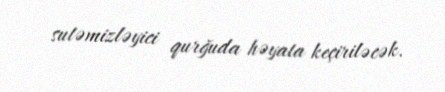
sutəmizləyici qurğuda həyata keçiriləcək.